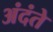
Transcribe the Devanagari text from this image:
अंदंते